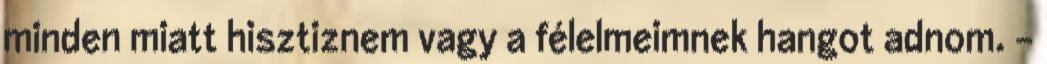
minden miatt hisztiznem vagy a félelmeimnek hangot adnom. -